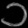
Digit: ၁